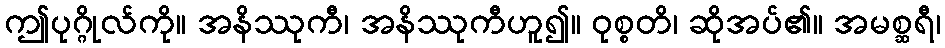
ဤပုဂ္ဂိုလ်ကို။ အနိဿုကီ၊ အနိဿုကီဟူ၍။ ဝုစ္စတိ၊ ဆိုအပ်၏။ အမစ္ဆရီ၊